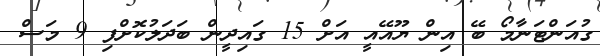
ގުއަންޓަނާމޯ ބޭ އިން ޔޫއޭއީ އަށް 15 ގައިދީން ބަދަލުކޮށްފި 9 މަސް